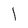
Character: l